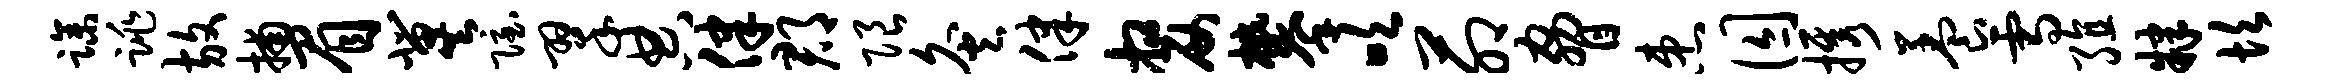
躁跳放捕眉冀隐翠典律郡限灸律嫠攀吹茆胁患囚携养雪殖肄坎